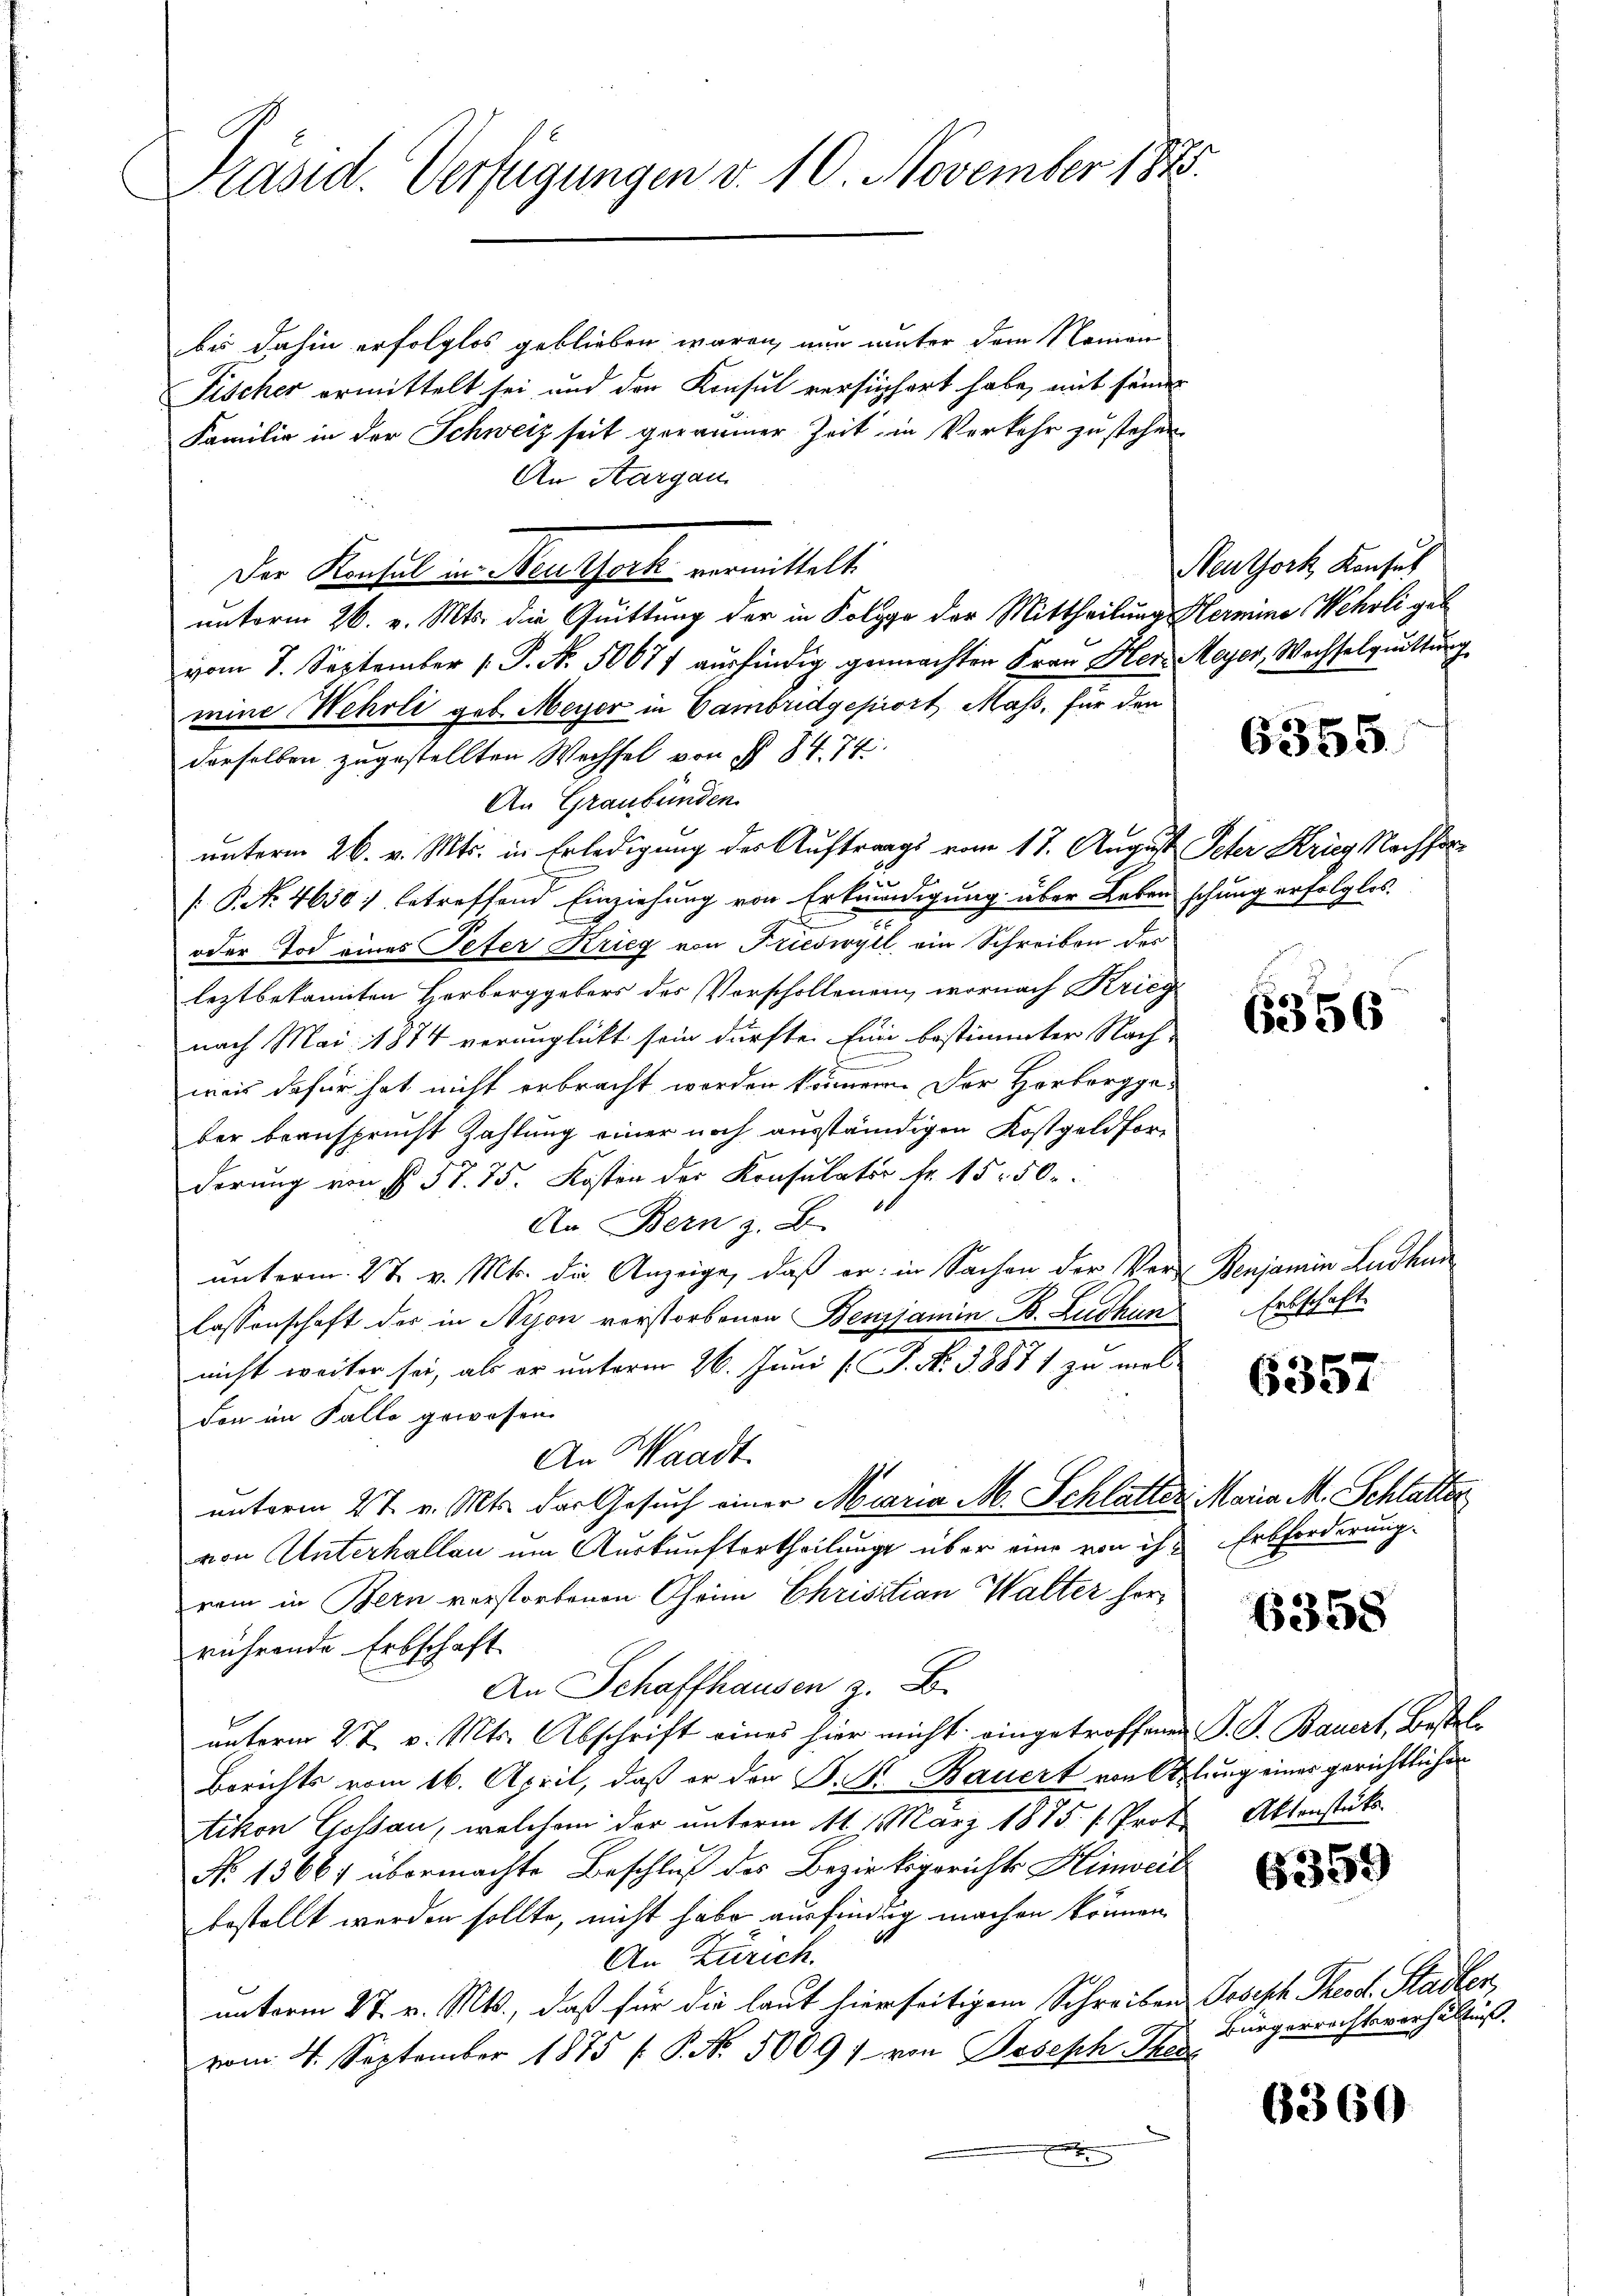
Präsid. Verfügungen d. 10. November 1875.

bes dahin erfolglos geblieben waren, nun unter dem Namen
Fischer ermittelt sei und den Konsul versuchert habe, mit seiner
Familie in der Schweiz seit geraumer Zeit in Verkehr zu stehen
An Aargau
unterm 26. v. Mts. die Quittung der in Kolygo der Mittheilung Hermine Wehrli geb
vom 7. September 1. P. Nr. 50677 ausfindig gemachten Frau Herr Meyer, Wachselquittung
mine Wehrli geb. Meyer in Cambridgepiort, Mass, für den
derselben zugestellten Wechsel von § 84. 74
An Graubünden
unterm 26. v. Mts. in Erledigung des Auftrags vom 17. August Peter Kries Nachfor¬
2
[ P. Nr. 4630) betreffend Einziehung von Erkundigung über Leben schung erfolglos.
c
oder Tod eines Peter Krieg von Frieswyll ein Schreiben des
leztbekannten Herberggebers des Vorschollenein, wornach Krieg
nach Mai 1874 verunglückt sein dürfte. Eine bestimmter Nach-
wies dafür hat nicht erbracht worden können. Der Horberggeber beansprucht Zahlung einer noch ausständigen Kostgeldforderung von § 57. 75. Kosten der Konsulator Fr. 15. 50.
An Bern z. B.
unterm 2t v. Mts. die Anzeige, daß er in Sachen der Ver-
lassenschaft der in Nyon verstorbenen Benjamin B. Ludhien
nicht weiter sei, als er unterm 26. Juni [ P. N. 38871 zu mel
Fon im Falle gewesen.
An Waadt.
unterm 27. v. Mts. der Gesuch einer Maria M. Schlatter Maria M. Schlatter
von Unterhallen um Auskunftertheilung über eine von ihrei in Bern verstorbenen Chrim Christian Walter herrührende Erbschaft
An Schaffhausen z. B.
unterm 27. v. Mts. Abschrift eines hier nicht eingetroffenen P. G. Bauert, Bestel
Berichts vom 16. April, daß er den S. K. Bauert von Otelung eines gerichtlichen
tikon Goßau, welchem der unterm 11. 1 März 1875. /: Prot
No 15667 übermachte Beschluß des Bezirksgerichts Hinweil
bestellt werden sollte, nicht habe ausfindung machen können
An Zürich.
unterm 27. v. Mts., daß für die laut hierseitigem Schreiben Joseph Theod. Stadler,
vom 4. September 1875 ( P. No. 50097 von Joseph Thei
e

Der Konsul in Neuseck vormittelt.

Neuthork Konsul

6355

6356

Penjamin Laden
Erbschaft.

6357

Erbforderung.

6358

Aktenstücke

6359

Bürgerrichtsverhältnis.

6360